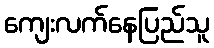
ကျေးလက်နေပြည်သူ